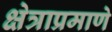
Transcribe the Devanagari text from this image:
क्षेत्राप्रमाणे